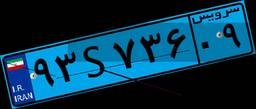
۴۱S۰۷۱۴۰